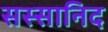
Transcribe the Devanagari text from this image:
सस्सानिद